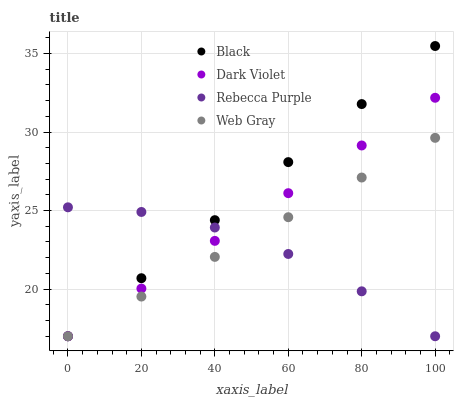
| xaxis_label | Black | Dark Violet | Rebecca Purple | Web Gray |
 | --- | --- | --- | --- | --- |
 | 0 | 17 | 17 | 25.2 | 17 |
 | 20 | 20.7 | 20 | 24.9 | 19.5 |
 | 40 | 24.4 | 23.1 | 23.9 | 22.1 |
 | 60 | 28.1 | 26.1 | 22.2 | 24.6 |
 | 80 | 31.8 | 29.1 | 19.9 | 27.1 |
 | 100 | 35.5 | 32.2 | 17 | 29.6 |